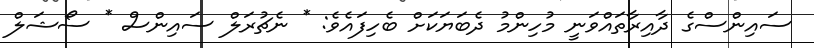
ސައިންސްގެ ދާއިރާތައްވަނީ މުހިންމު ދެބަޔަކަށް ބެހިފައެވެ: * ނެޗުރަލް ސައިންސް * ސޯޝަލް